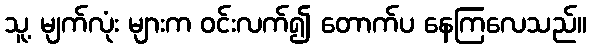
သူ့ မျက်လုံး များက ဝင်းလက်၍ တောက်ပ နေကြလေသည်။